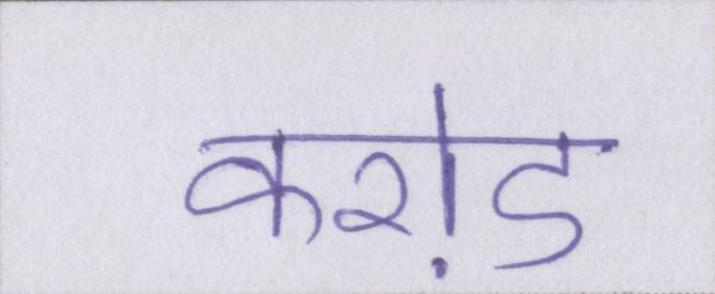
करो़ड